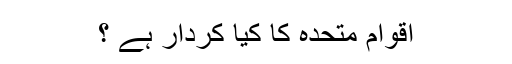
اقوام متحدہ کا کیا کردار ہے ؟